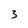
Character: 3